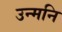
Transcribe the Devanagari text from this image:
उन्मनि